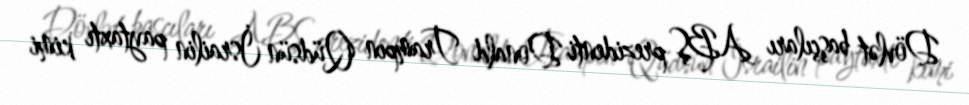
Dövlət başçıları ABŞ prezidenti Donald Trampın Qüdsün İsrailin paytaxtı kimi